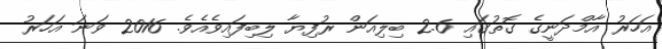
އަހަރު އާމްދަނީގެ ގޮތުގައި 2.6 ބިލިއަން ރުފިޔާ ލިބިފައިވެއެވެ. 2016 ވަނަ އަހަރު